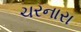
ચરનારા